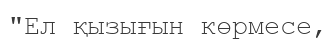
"Ел қызығын көрмесе,